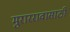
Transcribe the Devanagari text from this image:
मुराररावासाठी